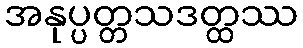
အနုပ္ပတ္တသဒတ္ထဿ